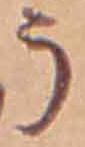
う